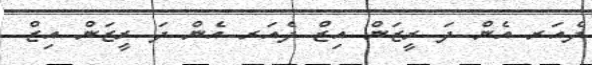
ދެއަރ އެން ދަ ރީޒަން އިޒް ދެއަރ އެން ދަ ރީޒަން އިޒް